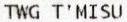
TWG T'MISU